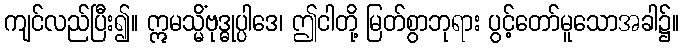
ကျင်လည်ပြီး၍။ ဣမသ္မိံဗုဒ္ဓုပ္ပါဒေ၊ ဤငါတို့ မြတ်စွာဘုရား ပွင့်တော်မူသောအခါ၌။